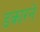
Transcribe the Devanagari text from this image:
डकारने